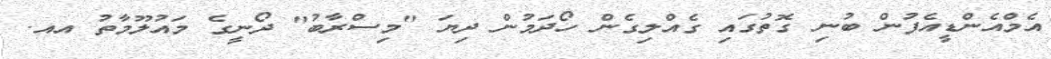
އެމްއެންޑީއެފުން ބުނި ގޮތުގައި ގެއްލިގެން ހޯދަމުން ދިޔަ "މިސްރާބު" ދޯނީގެ މައުލޫމާތު އއ.